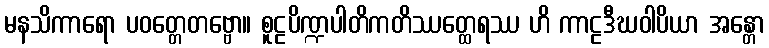
မနသိကာရော ပဝတ္တေတဗ္ဗော။ စူဠပိဏ္ဍပါတိကတိဿတ္ထေရဿ ဟိ ကာဠဒီဃဝါပိယာ အန္တော